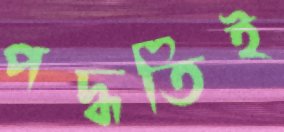
পদ্ধতিই